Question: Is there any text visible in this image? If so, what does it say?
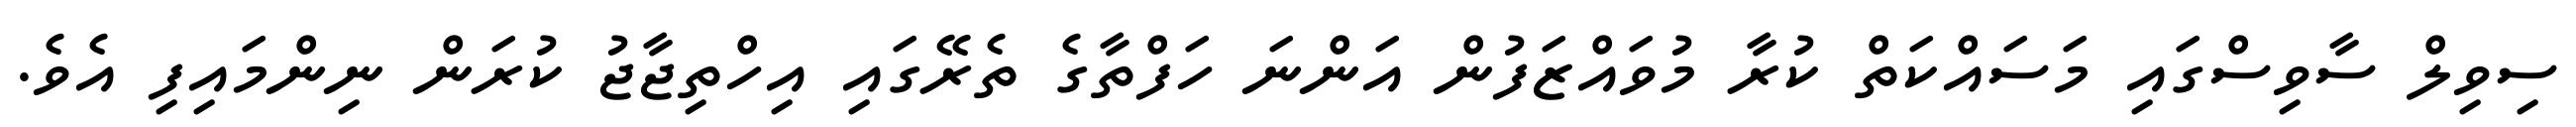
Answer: ސިވިލް ސާވިސްގައި މަސައްކަތް ކުރާ މުވައްޒަފުން އަންނަ ހަފްތާގެ ތެރޭގައި އިހްތިޖާޖު ކުރަން ނިންމައިފި އެވެ.